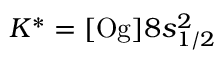
K ^ { \ast } = [ \mathrm { O g } ] 8 s _ { 1 / 2 } ^ { 2 }